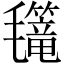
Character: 𣰳